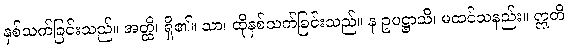
နှစ်သက်ခြင်းသည်။ အတ္ထိ၊ ရှိ၏။ သာ၊ ထိုနှစ်သက်ခြင်းသည်။ န ဥပဋ္ဌာသိ၊ မထင်သနည်း။ ဣတိ